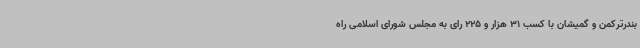
بندرترکمن و گمیشان با کسب 31 هزار و 225 رای به مجلس شورای اسلامی راه